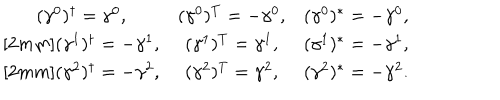
LaTeX: \begin{array} { c c c } { { ( \gamma ^ { 0 } ) ^ { \dagger } = \gamma ^ { 0 } , } } & { { ( \gamma ^ { 0 } ) ^ { T } = - \gamma ^ { 0 } , } } & { { ( \gamma ^ { 0 } ) ^ { * } = - \gamma ^ { 0 } , } } \\ { { ( \gamma ^ { 1 } ) ^ { \dagger } = - \gamma ^ { 1 } , } } & { { ( \gamma ^ { 1 } ) ^ { T } = \gamma ^ { 1 } , } } & { { ( \gamma ^ { 1 } ) ^ { * } = - \gamma ^ { 1 } , } } \\ { { ( \gamma ^ { 2 } ) ^ { \dagger } = - \gamma ^ { 2 } , } } & { { ( \gamma ^ { 2 } ) ^ { T } = \gamma ^ { 2 } , } } & { { ( \gamma ^ { 2 } ) ^ { * } = - \gamma ^ { 2 } . } } \\ \end{array}